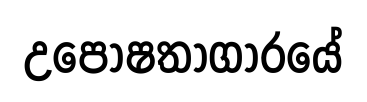
උපෝෂතාගාරයේ